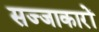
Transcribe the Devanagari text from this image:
सज्जाकारों